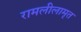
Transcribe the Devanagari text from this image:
रामलीलामृत